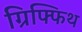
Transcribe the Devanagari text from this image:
ग्रिफ्फिथ